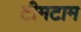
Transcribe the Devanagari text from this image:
टीमटाम